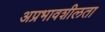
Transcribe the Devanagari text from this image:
अप्रभावशीलता